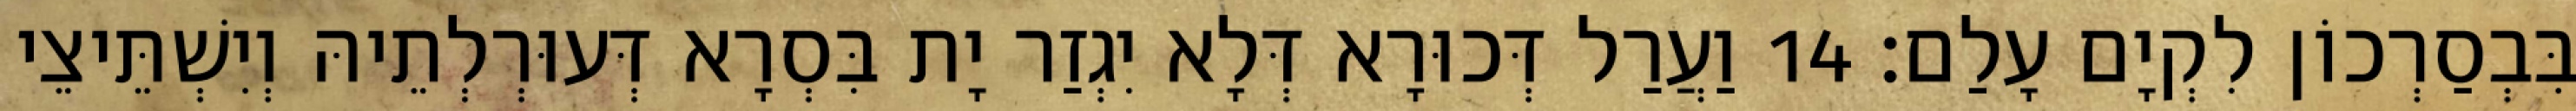
בִּבְסַרְכוֹן לִקְיָם עָלַם׃ 14 וַעֲרַל דְּכוּרָא דְּלָא יִגְזַר יָת בִּסְרָא דְּעוּרְלְתֵיהּ וְיִשְׁתֵּיצֵי